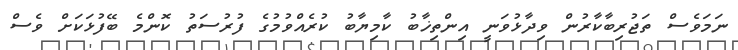
ނަމަވެސް ތަޖުރިބާކާރުން ވިދާޅުވަނީ އިންތިޚާބު ކާމިޔާބު ކުރެއްވުމުގެ ފުރުސަތު ކޮންމެ ބޭފުޅަކަށް ވެސް